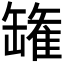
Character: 𮉸